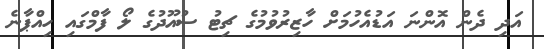
އަދި ދެން އޮންނަ އަޑުއެހުމަށް ހާޒިރުވުމުގެ ޗިޓު ސުއޫދުގެ ލޯ ފާމްގައި ހިއްޕާނެ